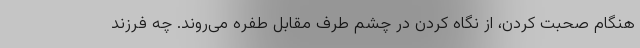
هنگام صحبت کردن، از نگاه کردن در چشم طرف مقابل طفره می‌روند. چه فرزند